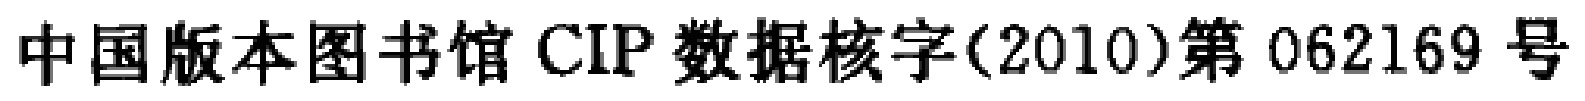
中国版本图书馆 CIP 数据核字(2010)第 062169 号